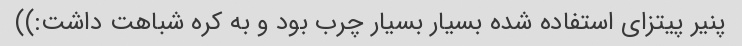
پنیر پیتزای استفاده شده بسیار بسیار چرب بود و به کره شباهت داشت:))